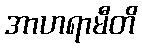
အာဟရာမီတိ